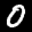
Label: 0